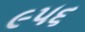
૯૫૬